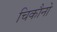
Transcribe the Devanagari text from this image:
चिकौनो